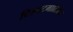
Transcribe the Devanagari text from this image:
चित्रपटमालिकेत